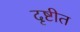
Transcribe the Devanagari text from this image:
दृष्टीत